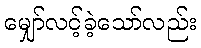
မျှော်လင့်ခဲ့သော်လည်း